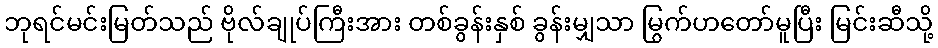
ဘုရင်မင်းမြတ်သည် ဗိုလ်ချုပ်ကြီးအား တစ်ခွန်းနှစ် ခွန်းမျှသာ မြွက်ဟတော်မူပြီး မြင်းဆီသို့